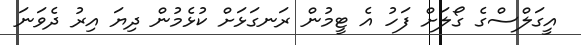
އީގަލްސްގެ ގޯލަށް ފަހު އެ ޓީމުން ރަނގަޅަށް ކުޅެމުން ދިޔަ އިރު ދެވަނަ